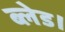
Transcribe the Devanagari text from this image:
ब्लेड।